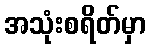
အသုံးစရိတ်မှာ